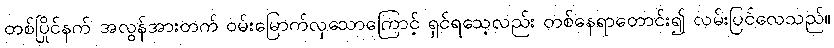
တစ်ပြိုင်နက် အလွန်အားတက် ဝမ်းမြောက်လှသောကြောင့် ရှင်ရသေ့လည်း တစ်နေရာတောင်း၍ လမ်းပြင်လေသည်။